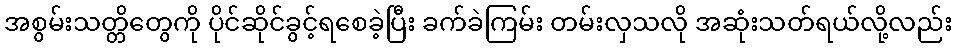
အစွမ်းသတ္တိတွေကို ပိုင်ဆိုင်ခွင့်ရစေခဲ့ပြီး ခက်ခဲကြမ်း တမ်းလှသလို အဆုံးသတ်ရယ်လို့လည်း